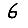
Digit: 6